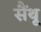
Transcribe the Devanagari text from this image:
सैंथू